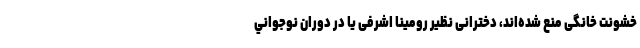
خشونت خانگی منع شده‌اند، دخترانی نظیر رومینا اشرفی یا در دوران نوجواني